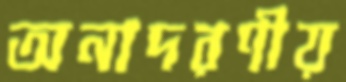
অনাদরণীয়